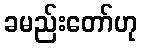
ခမည်းတော်ဟု